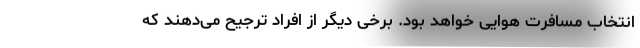
انتخاب مسافرت هوایی خواهد بود. برخی دیگر از افراد ترجیح می‌دهند که